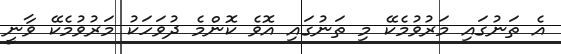
އެ ތަނުގައި މަރުވުމެކޭ މި ތަނުގައި އޮވެ ކޮންމެ ދުވަހަކު މަރުވުމެކޭ ވާނީ